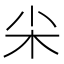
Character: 𡭢